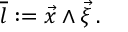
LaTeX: \overline { { { l } } } : = \vec { x } \wedge \vec { \xi } \, .